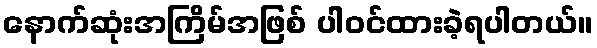
နောက်ဆုံးအကြိမ်အဖြစ် ပါဝင်ထားခဲ့ရပါတယ်။